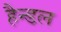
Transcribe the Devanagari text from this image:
हैन्डल